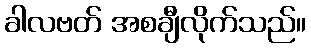
ခါလဗတ် အစချီလိုက်သည်။